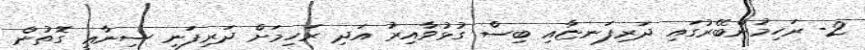
2- ރަހިމުންބޭރުގައި ދަރިފަނޏާއި ބިސް ގުޅުވާއިރު އަދި ރަހިމަށް ދަރިފަނި ސިނާޢީ ގޮތުން